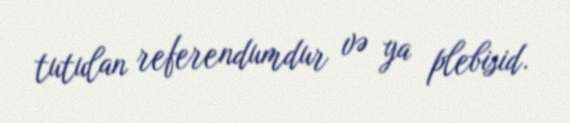
tutulan referendumdur və ya plebisid.